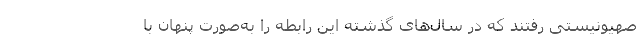
صهیونیستی رفتند که در سال‌های گذشته این رابطه را به‌صورت پنهان با